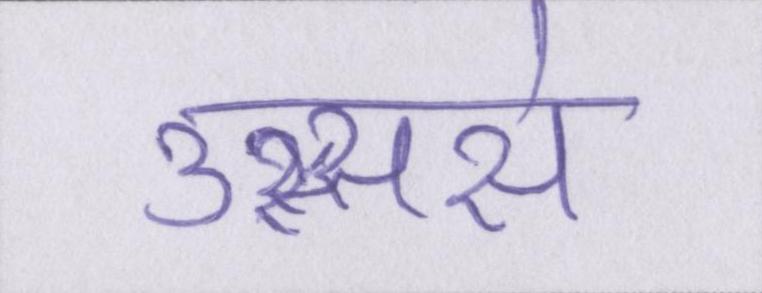
उस्ससे